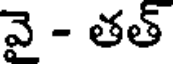
వై - తత్